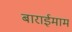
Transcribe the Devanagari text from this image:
बाराईमाम